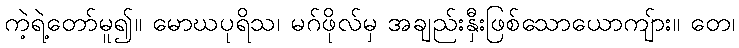
ကဲ့ရဲ့တော်မူ၍။ မောဃပုရိသ၊ မဂ်ဖိုလ်မှ အချည်းနှီးဖြစ်သောယောကျ်ား။ တေ၊